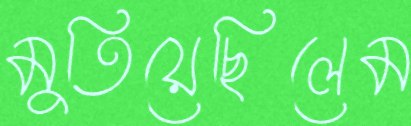
মুতিয়েছিলেম